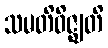
သမတိဝိဇ္ဈတိ